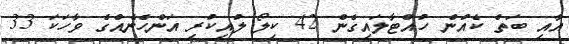
އާއި ބަތް ކެއުން ހުއްޓާލައިގެން 42 ކިލޯ ލުއިކުރި އަންހެނެއްގެ ވާހަކަ 33